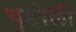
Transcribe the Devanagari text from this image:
चुङोली